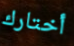
أختارك